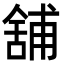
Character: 舖